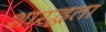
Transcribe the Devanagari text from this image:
शारद्धता